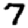
Digit: 7